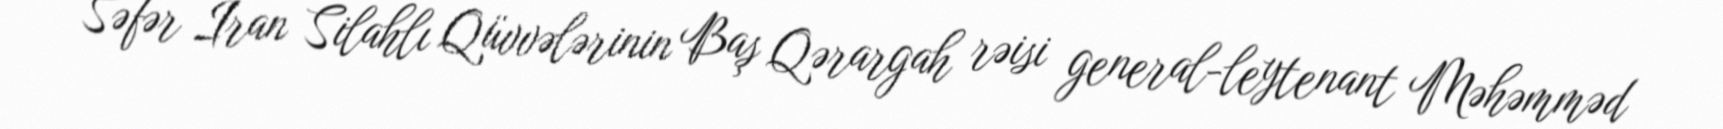
Səfər İran Silahlı Qüvvələrinin Baş Qərargah rəisi general-leytenant Məhəmməd